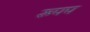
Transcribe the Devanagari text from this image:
रूपप